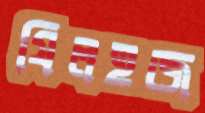
যিলহজ